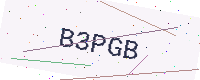
Text: B3PGB